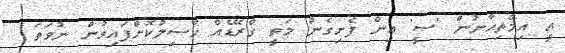
އީ އިމްތިޙާނުން 'ސީ' އިން ފެށިގެން މަތީ ގްރޭޑެއް ހާސިލުކޮށްފައިވުން ނުވަތަ